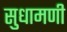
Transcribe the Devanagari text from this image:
सुधामणी